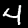
Digit: 4